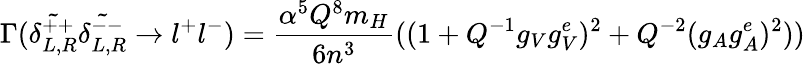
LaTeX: \Gamma(\tilde{\delta_{L,R}^{++}}\tilde{\delta_{L,R}^{--}}\rightarrow l^{+}l^{-})=\frac{\alpha^{5}Q^{8}m_{H}}{6n^{3}}((1+Q^{-1}g_{V}g_{V}^{e})^{2}+Q^{-2}(g_{A}g_{A}^{e})^{2}))